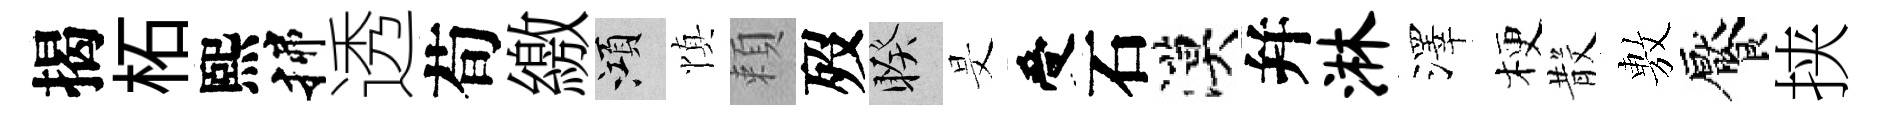
揭柘熙揲透荀繳澒慎頼歿睽旻受石漠幷淋澤梗𣪚𢾾饜挟